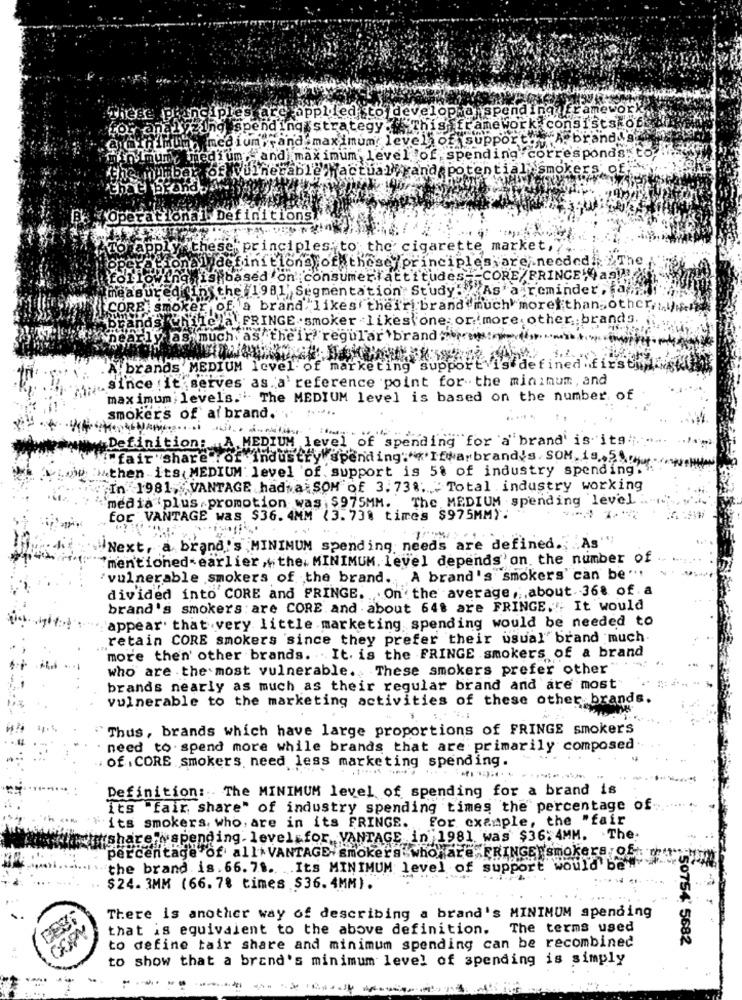
These principles are applied to developwa spending framework
for analyzingespending strategy. Thisfframework consists of
uma medium ,, and maximum: level of support. A brand g
mun, medium, and maximum level of spending corresponds"
umhaber of Vulnerable actually and potential smok
Operational. Definitions.
Torapply these principles to the cigarette market,
ional definitions of these /principles;are ,. needed /The.
His based on :consumerattitudes -- CORE/FRINGEWas !!
measured
fins the 1981 Segmentation Study. As a reminder, fay;
CORE smoker of a brand likes their brand much more than other
id's chile'la FRINGE smoker likes one- or. more. other ,; brands.
early as much as their regular brand
.A.brands MEDIUM level of marketing supportvi!
defined first
.Since it serves as a reference point for the minimum, and
maximum levels." The MEDIUM level is based on the number of
smokers of af brand. . .....
Definition: A MEDIUM level of spending for a brand is ita ;;......
!"fair"Share of industry spending. "<'Itwarbrand's. SOM. is,5
:HAthen its MEDIUM level 'of support is 5% of industry spending.".
;In 1981, VANTAGE had a SOM of 3. 73%. " Total industry working
`media (plus promotion was $975MM. The MEDIUM spending level :
for VANTAGE was $36. 4MM ( 3. 73% times $975MM):
Next, a brand's MINIMUM spending needs are defined ., "As"
mentioned earlier , the. MINIMUM. level depends'on the number of
'vulnerable smokers of the brand. A brand's smokers"can be".
divided into CORE and FRINGE. On the average ,; about 36% of. a
brand's smokers are CORE and about 648 are FRINGE.": It would
"appear' that very little marketing spending would be needed to
retain CORE smokers since they prefer their usual' brand much.
... "
more then' other brands. It. is the FRINGE smokers of a brand
who are the most vulnerable. These smokers prefer other"
brands nearly as much as their regular brand and are most
vulnerable to the marketing activities of these other brands.
Thus, brands which have large proportions of FRINGE smokers
need to spend more while brands that are primarily composed.
of . CORE smokers. need less marketing spending.
Definition :. The MINIMUM level of spending for a brand is
its "fair share" of industry spending times the percentage of
For example, the "fair
Fits smokers, who, are in its FRINGE.
share"yspending- level for, VANTAGE in 1981 was $36: 4MM. The.
percentage of all VANTAGE smokers who are FRINGE smokers,of:
"the brand is. 66. 7 ... .. Its MINIMUM level of support would be'
$24.3MM (66.78 times $36.4MM).
There is another way of describing a brand's MINIMUM spending
that is equivalent to the above definition. The terms used
50754' 5682
to define tair share and minimum spending can be recombined
to show that a brand's minimum level of spending is simply